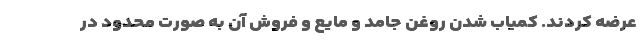
عرضه کردند. کمیاب شدن روغن جامد و مایع و فروش آن به صورت محدود در